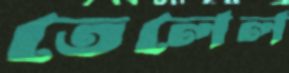
তেলেল